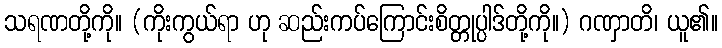
သရဏတို့ကို။ (ကိုးကွယ်ရာ ဟု ဆည်းကပ်ကြောင်းစိတ္တုပ္ပါဒ်တို့ကို။) ဂဏှာတိ၊ ယူ၏။